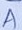
Text: A